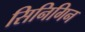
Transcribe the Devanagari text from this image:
सिनिगिन